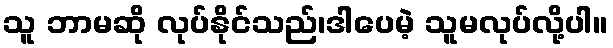
သူ ဘာမဆို လုပ်နိုင်သည်၊ဒါပေမဲ့ သူမလုပ်လို့ပါ။